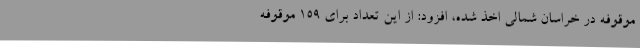
موقوفه در خراسان شمالی اخذ شده، افزود: از این تعداد برای 159 موقوفه